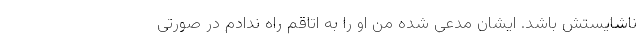
ناشایستش باشد. ایشان مدعی شده من او را به اتاقم راه ندادم در صورتی